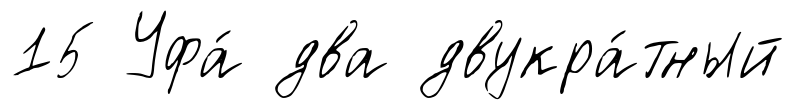
15 Уфа́ два двукра́тный